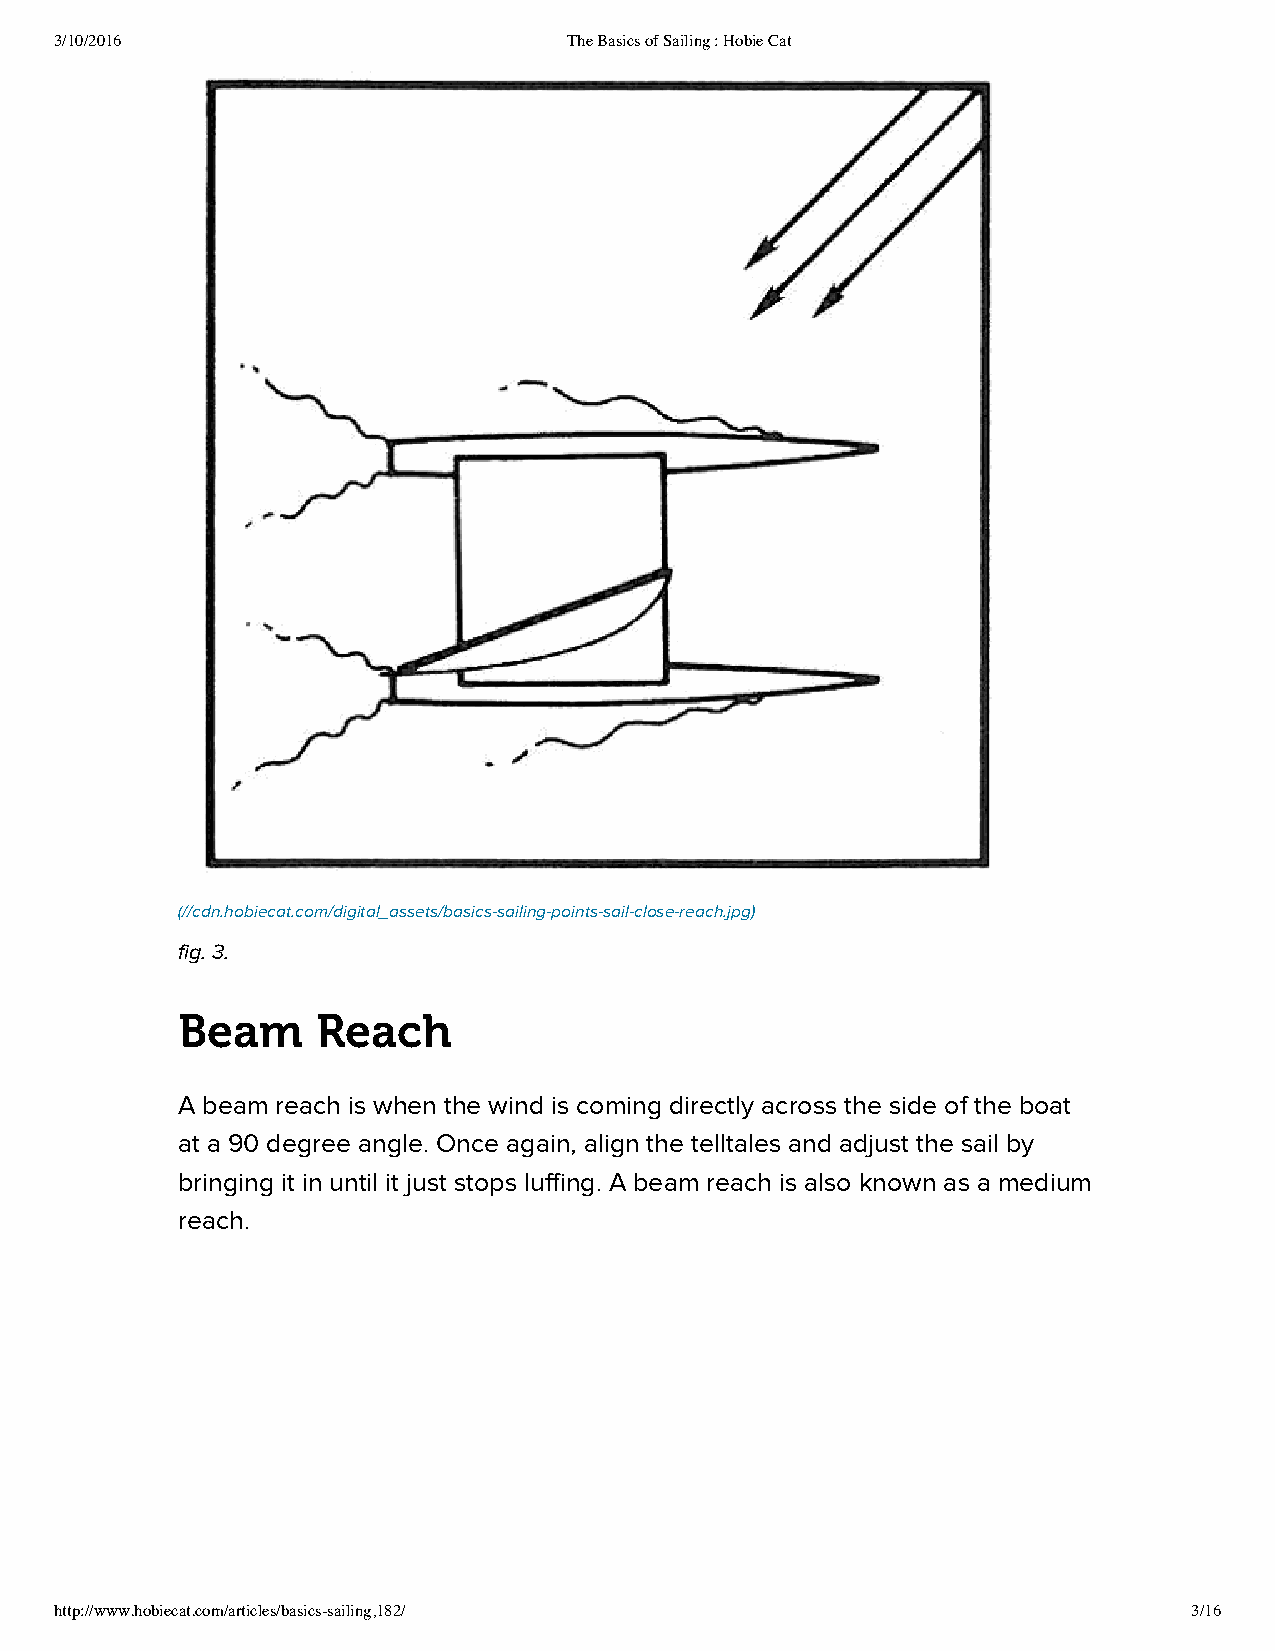
3/10/2016                         The Basics of Sailing : Hobie Cat
 (//cdn.hobiecat.com/digital_assets/basics-sailing-points-sail-close-reach.jpg)
 fig. 3.
 Beam     Reach
 A beam reach is when the wind is coming directly across the side of the boat
 at a 90 degree angle. Once again, align the telltales and adjust the sail by
 bringing it in until it just stops luffing. A beam reach is also known as a medium
 reach.
 http://www.hobiecat.com/articles/basics-sailing,182/                       3/16